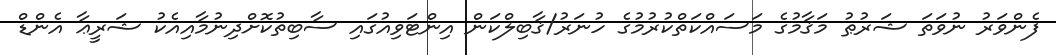
ފެންވަރު ނުވަތަ ޝަރުޠު މަޤާމުގެ މަސައްކަތްކުރުމުގެ ހުނަރު/ޤާބިލްކަން އިންޓަވިއުގައި ސާބިތުކޮށްދިނުމާއިއެކު ޝަރީޢާ އެންޑް